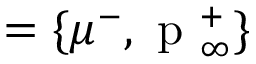
= \lbrace \mu ^ { - } , \mathrm { ~ p ~ } _ { \infty } ^ { + } \rbrace